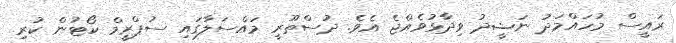
ރައީސް މުހައްމަދު ނަޝީދު ވިދާޅުވެއްޖެ އެވެ. ދުސްތޫރީ މައްސަލާގައި ސުޕްރީމް ކޯޓުން ކުރި